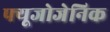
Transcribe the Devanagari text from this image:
फ्यूजोजेनिक